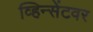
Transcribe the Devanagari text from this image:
व्हिन्सेंटवर